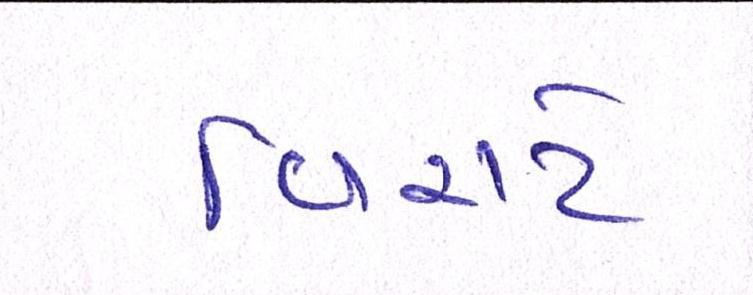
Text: વિરાટે